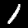
Label: 1